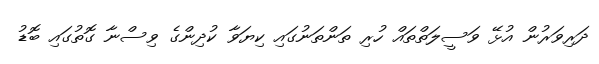
ދަރިވަރުން އުޅޭ ވަސީލަތްތައް ހުރި ތަންތަނުގައި ކިޔަވާ ކުދިންގެ ވިސްނާ ގޮތުގައި ބޮޑު